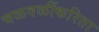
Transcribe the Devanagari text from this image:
चळवळींकरिता